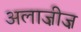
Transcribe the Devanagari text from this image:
अलाज़ीज़